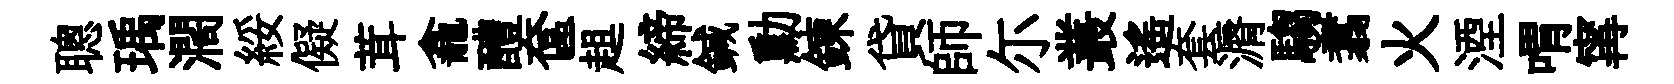
聰瑀濶綏儗茸龕醴奩趄締鍼勳錬貸師尓叢遥套漘騶翥火湮喟𡩋